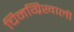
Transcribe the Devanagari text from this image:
चिनग्रिखाली